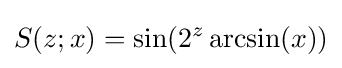
S(z;x)=\sin(2^{z}\arcsin(x))